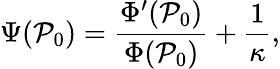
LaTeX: \Psi(\mathcal{P}_{0})=\frac{{\Phi^{\prime}(\mathcal{P}_{0})}}{{\Phi(\mathcal{P}_{0})}}+\frac{1}{\kappa},